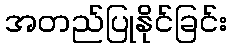
အတည်ပြုနိုင်ခြင်း